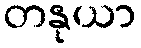
တနုယာ